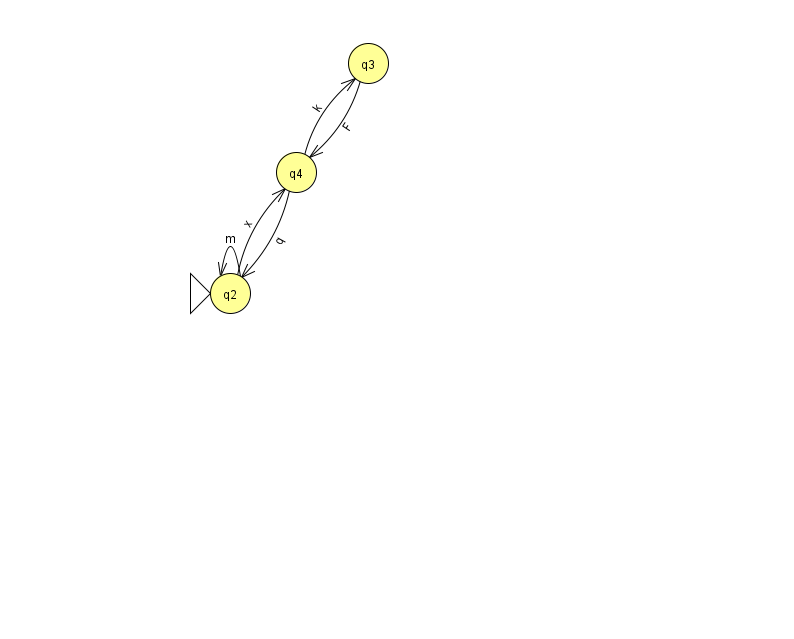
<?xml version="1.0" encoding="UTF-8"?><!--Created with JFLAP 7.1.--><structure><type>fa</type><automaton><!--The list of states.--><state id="2" name="q2"><x>230.0</x><y>280.0</y><initial/></state><state id="3" name="q3"><x>368.0</x><y>50.0</y></state><state id="4" name="q4"><x>296.0</x><y>159.0</y></state><!--The list of transitions.--><transition><from>3</from><to>4</to><read>F</read></transition><transition><from>2</from><to>4</to><read>x</read></transition><transition><from>4</from><to>3</to><read>k</read></transition><transition><from>2</from><to>2</to><read>m</read></transition><transition><from>4</from><to>2</to><read>q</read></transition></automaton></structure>